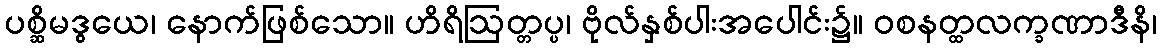
ပစ္ဆိမဒွယေ၊ နောက်ဖြစ်သော။ ဟိရိဩတ္တပ္ပ၊ ဗိုလ်နှစ်ပါးအပေါင်း၌။ ဝစနတ္ထလက္ခဏာဒီနိ၊